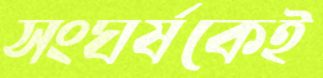
সংঘর্ষকেই